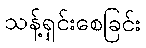
သန့်ရှင်းစေခြင်း